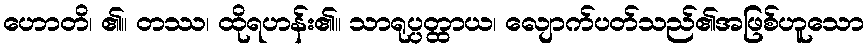
ဟောတိ၊ ၏။ တဿ၊ ထိုရဟန်း၏။ သာရုပ္ပတ္ထာယ၊ လျောက်ပတ်သည်၏အဖြစ်ဟူသော